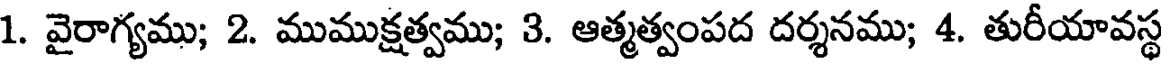
1. వైరాగ్యము; 2. ముముక్షత్వము; 3. ఆత్మత్వంపద దర్శనము; 4. తురీయావస్థ